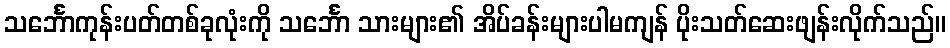
သင်္ဘောကုန်းပတ်တစ်ခုလုံးကို သင်္ဘော သားများ၏ အိပ်ခန်းများပါမကျန် ပိုးသတ်ဆေးဖျန်းလိုက်သည်။